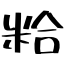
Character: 粭